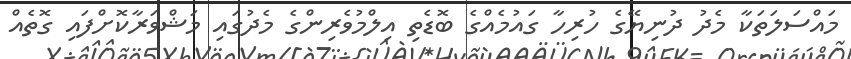
މައްސަލަތަކާ މެދު ދުނިޔޭގެ ހުރިހާ ގައުމެއްގެ ބޮޑެތި އިލްމުވެރިންގެ މެދުގައި މަޝްވަރާކޮށްފައި ގޮތެއް